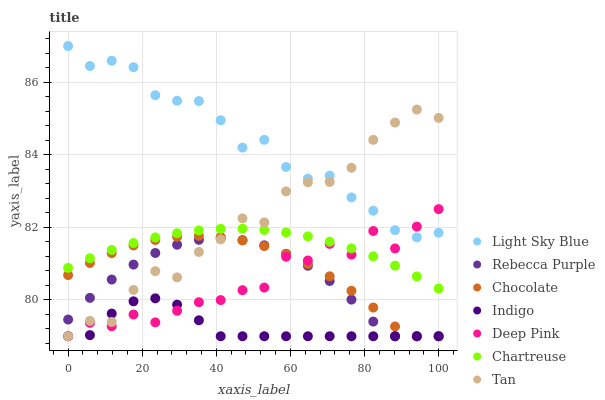
| xaxis_label | Light Sky Blue | Rebecca Purple | Chocolate | Indigo | Deep Pink | Chartreuse | Tan |
 | --- | --- | --- | --- | --- | --- | --- | --- |
 | 0 | 87 | 79.5 | 80.7 | 79 | 79 | 80.9 | 79 |
 | 5.88 | 86.4 | 80.1 | 81 | 79 | 79.4 | 81.2 | 79.4 |
 | 11.8 | 86.6 | 80.6 | 81.3 | 79.6 | 79.3 | 81.4 | 79.4 |
 | 17.6 | 86.4 | 81 | 81.5 | 80 | 79.6 | 81.6 | 80.3 |
 | 23.5 | 85.6 | 81.3 | 81.7 | 80 | 79.4 | 81.7 | 80.8 |
 | 29.4 | 85.5 | 81.5 | 81.7 | 79.9 | 79.7 | 81.8 | 80.6 |
 | 35.3 | 85.5 | 81.7 | 81.8 | 79.4 | 79.9 | 81.9 | 81.3 |
 | 41.2 | 85 | 81.7 | 81.7 | 79 | 80 | 82 | 81.7 |
 | 47.1 | 84.2 | 81.6 | 81.6 | 79 | 80.3 | 82 | 82.2 |
 | 52.9 | 84.4 | 81.5 | 81.5 | 79 | 80.3 | 81.9 | 82.1 |
 | 58.8 | 83.7 | 81.3 | 81.3 | 79 | 81.2 | 81.9 | 83 |
 | 64.7 | 83.3 | 80.9 | 81 | 79 | 81.1 | 81.8 | 83.2 |
 | 70.6 | 83.4 | 80.5 | 80.7 | 79 | 81.5 | 81.6 | 83.3 |
 | 76.5 | 82.8 | 80 | 80.3 | 79 | 81.2 | 81.4 | 83.6 |
 | 82.4 | 82.5 | 79.4 | 79.8 | 79 | 81.9 | 81.2 | 84.4 |
 | 88.2 | 81.9 | 79 | 79.3 | 79 | 81.4 | 80.9 | 84.9 |
 | 94.1 | 81.7 | 79 | 79 | 79 | 82 | 80.6 | 85.2 |
 | 100 | 81.9 | 79 | 79 | 79 | 82.5 | 80.3 | 85 |